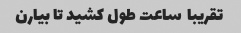
تقریبا  ساعت طول کشید تا بیارن